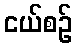
ငယ်စဉ်